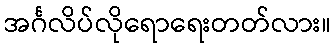
အင်္ဂလိပ်လိုရောရေးတတ်လား။